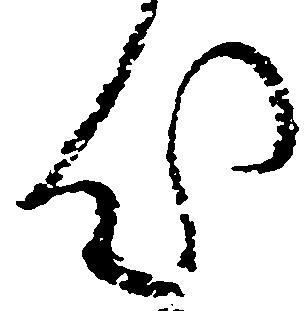
汰